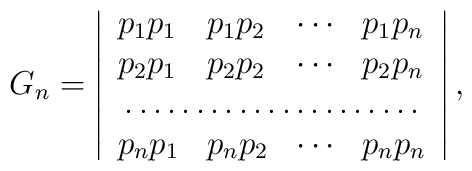
G_n=\left| \begin{array}{llcl}p_1p_1 &p_1p_2 &\cdots &p_1p_n \\p_2p_1 &p_2p_2 &\cdots &p_2p_n \\ \multicolumn{4}{c}\dotfill    \\p_np_1 & p_np_2 &\cdots &p_np_n\end{array} \right| ,